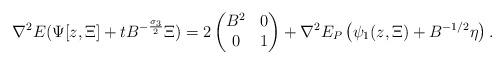
LaTeX: \begin{align*}\nabla^2 E(\Psi[z,\Xi]+tB^{-\frac{\sigma_3}{2}}\Xi)=2\begin{pmatrix} B^2 & 0 \\ 0 & 1\end{pmatrix} + \nabla^2 E_P \left (\psi_1(z,\Xi)+B^{-1/2}\eta \right ) .\end{align*}